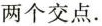
两个交点.